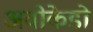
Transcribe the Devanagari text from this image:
अवोकेडो